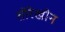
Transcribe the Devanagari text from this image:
तोरेखोन